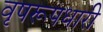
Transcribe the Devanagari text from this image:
वृषरूपधारी